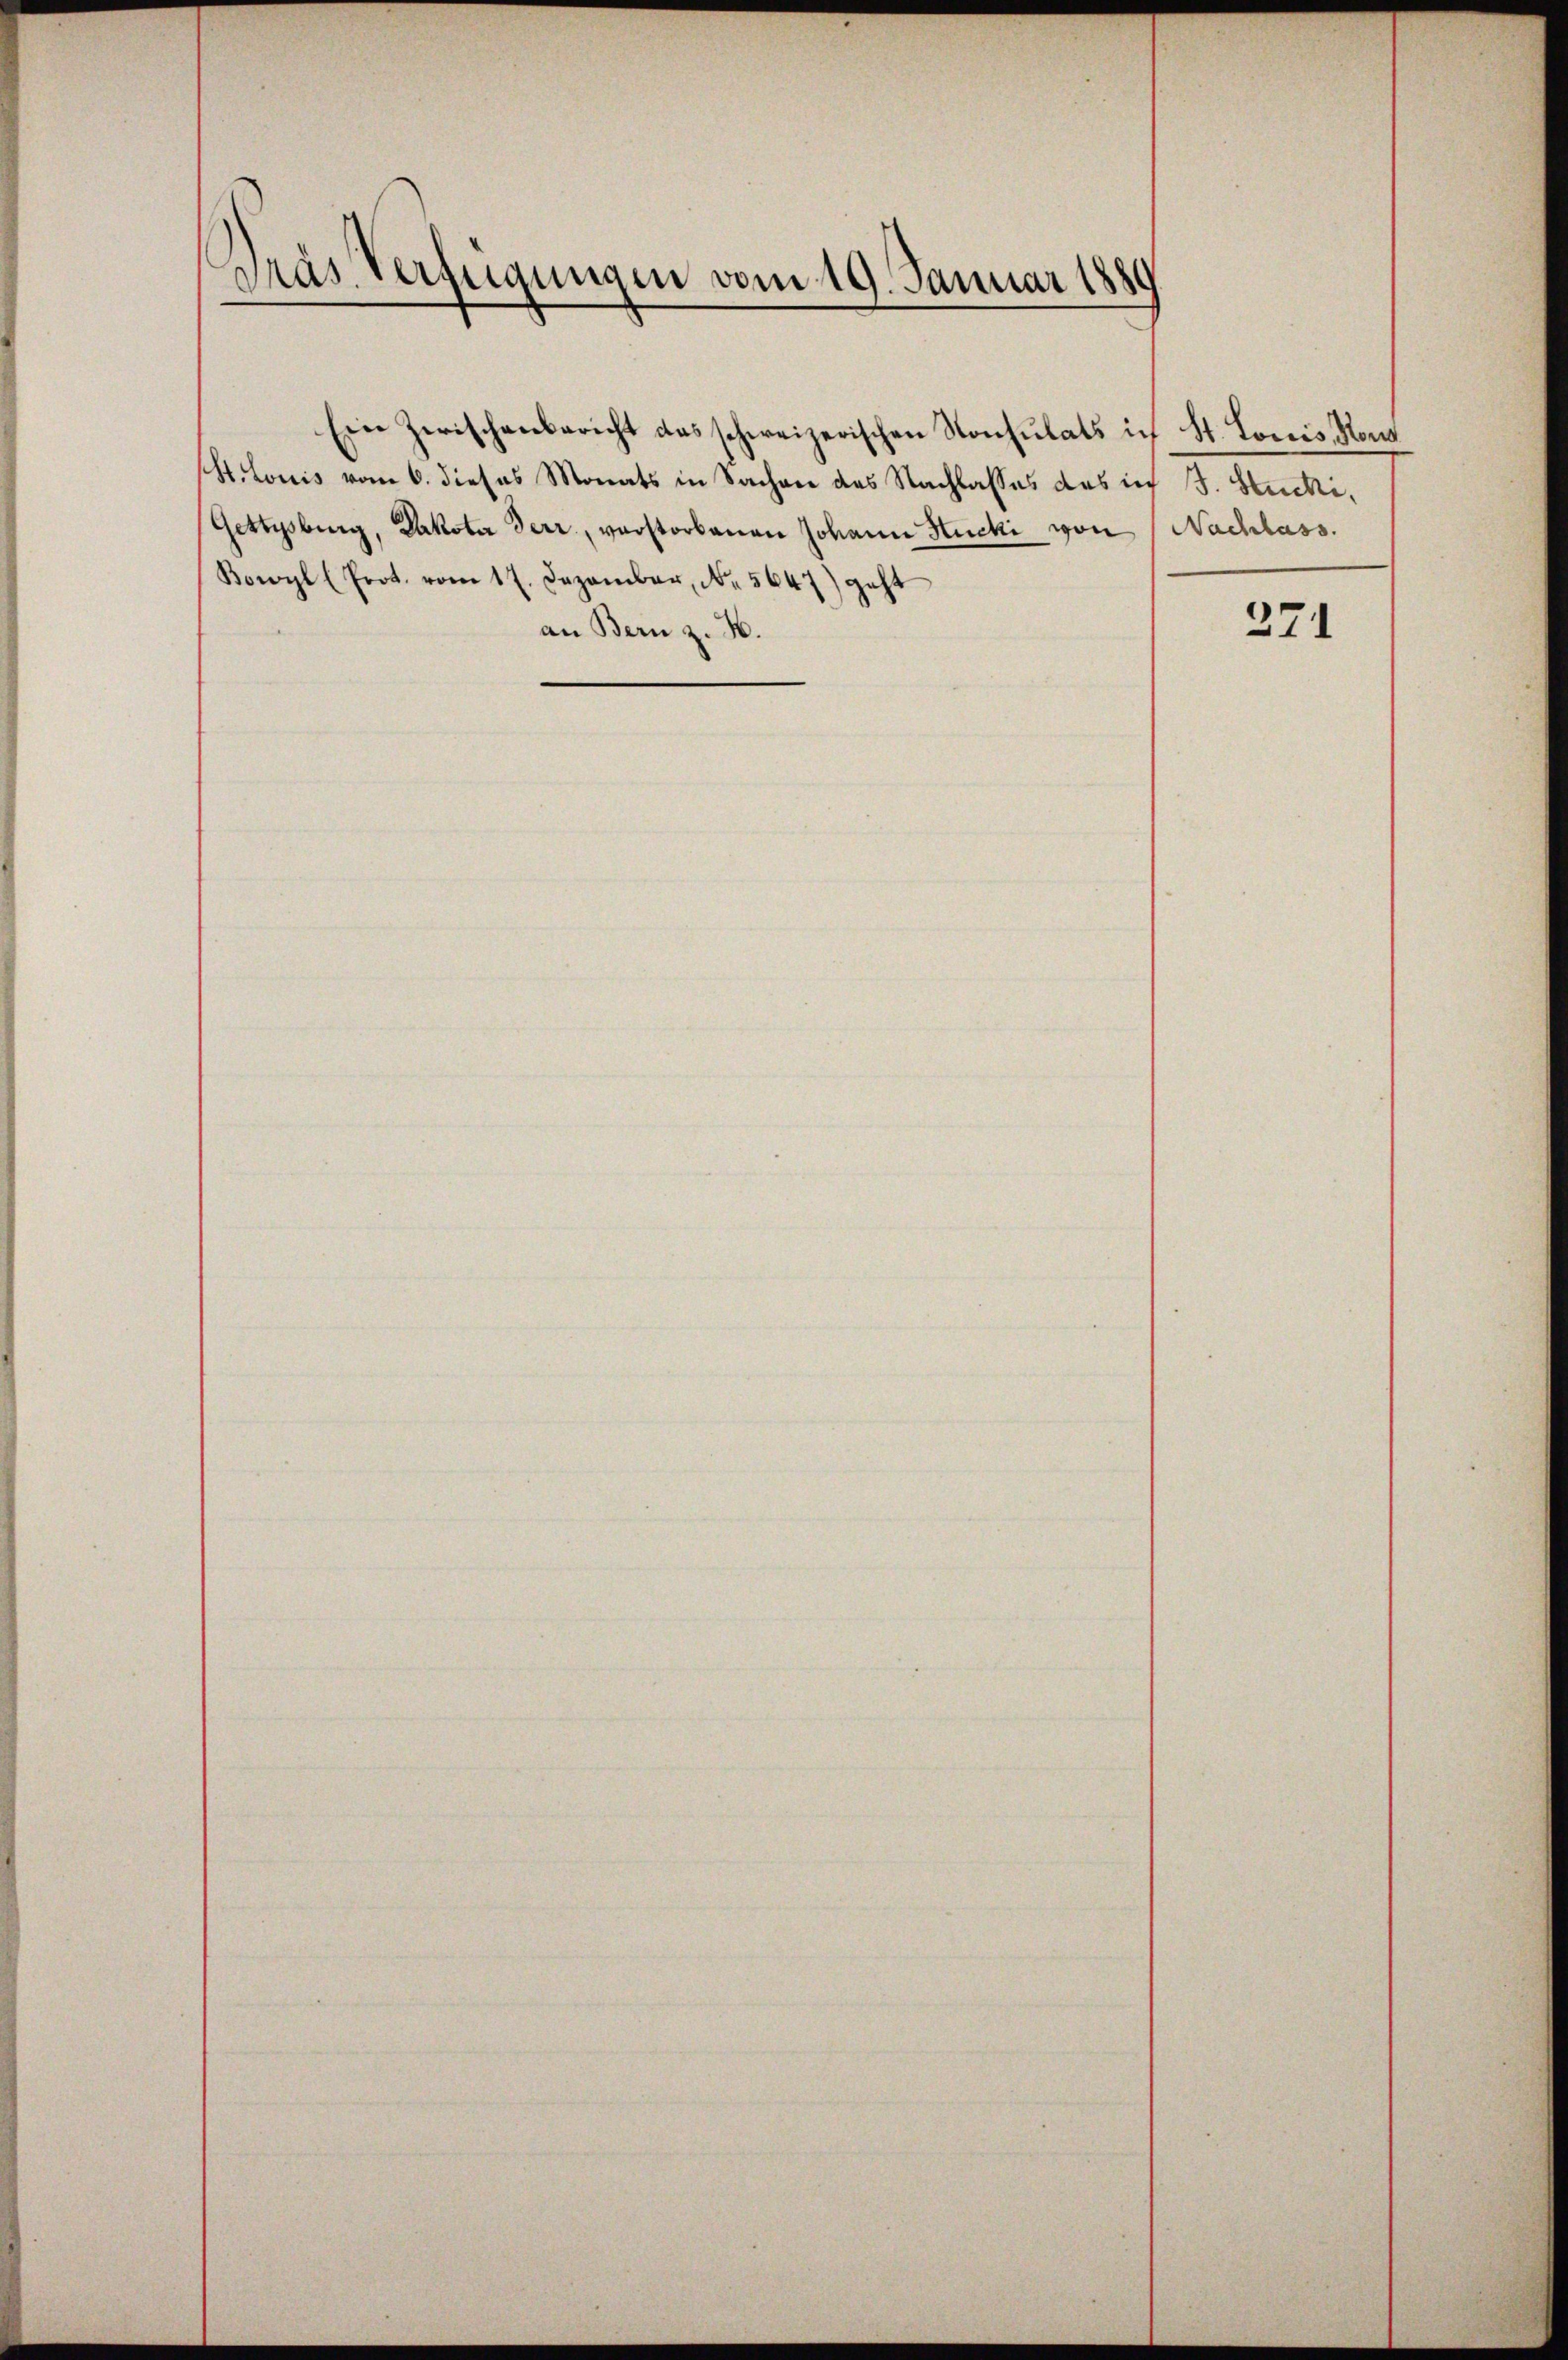
dras Verfügungen vom 19. Januar 1889

Ein Zwischenbericht das schweizerischen Konsulats ich St. Louis, Kons
St. Louis vom 6. dieses Monats in Sachen des Nachlasses das ich J. Stucki,
Gettysburg, Lakotar Terr, verstorbenen Johann Stucki von 1 Nachlass.
Bowyl (Prot. vom 17. Dezember, Nr. 5647) geht
an Bern z. H.

371